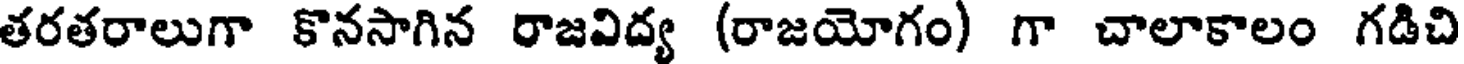
తరతరాలుగా కొనసాగిన రాజవిద్య (రాజయోగం) గా చాలాకాలం గడిచి